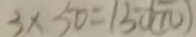
3 \times 5 0 = 1 5 0 ( m )